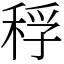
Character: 稃